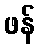
ဖန်